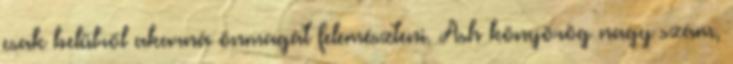
csak belülről akarná önmagát felemészteni. Ash könyörög nagy szám,